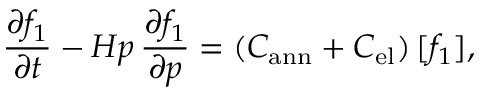
\frac { \partial f _ { 1 } } { \partial t } - H p \, \frac { \partial f _ { 1 } } { \partial p } = ( C _ { \mathrm { a n n } } + C _ { \mathrm { e l } } ) \, [ f _ { 1 } ] ,